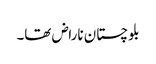
بلوچستان ناراض تھا۔